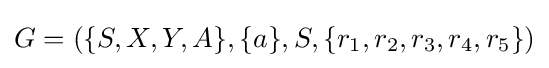
G=(\{S,X,Y,A\},\{a\},S,\{r_{1},r_{2},r_{3},r_{4},r_{5}\})